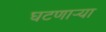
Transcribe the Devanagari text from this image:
घटणाऱ्या